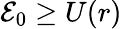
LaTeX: {\cal{E}}_{0}\geq U(r)